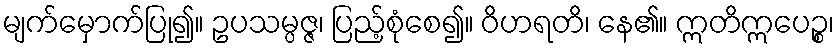
မျက်မှောက်ပြု၍။ ဥပသမ္ပဇ္ဇ၊ ပြည့်စုံစေ၍။ ဝိဟရတိ၊ နေ၏။ ဣတိဣပေဉ္စ၊